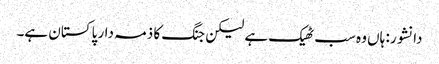
دانشور: ہاں وہ سب ٹھیک ہے لیکن جنگ کا ذمہ دار پاکستان ہے۔